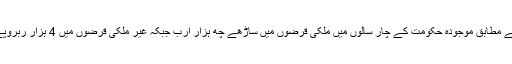
ایس بی پی کی دستاویز کے مطابق موجودہ حکومت کے چار سالوں میں ملکی قرضوں میں ساڑھے چھ ہزار ارب جبکہ غیر ملکی قرضوں میں 4 ہزار ربروپے کاریکارڈ اضافہ ہواہے۔